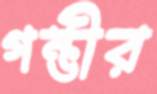
গম্ভীর